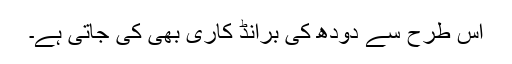
اس طرح سے دودھ کی برانڈ کاری بھی کی جاتی ہے۔